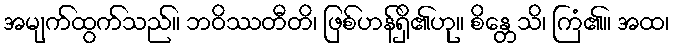
အမျက်ထွက်သည်။ ဘဝိဿတီတိ၊ ဖြစ်ဟန်ရှိ၏ဟု။ စိန္တေသိ၊ ကြံ၏။ အထ၊